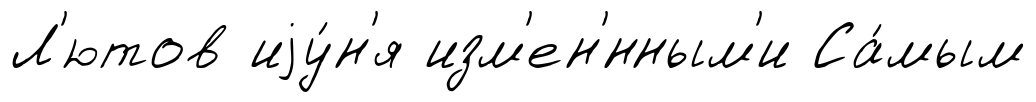
Л'ютов иjу́н'я изм'ен'́нным'и Са́мым